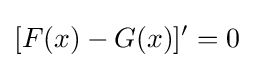
[F(x)-G(x)]'=0